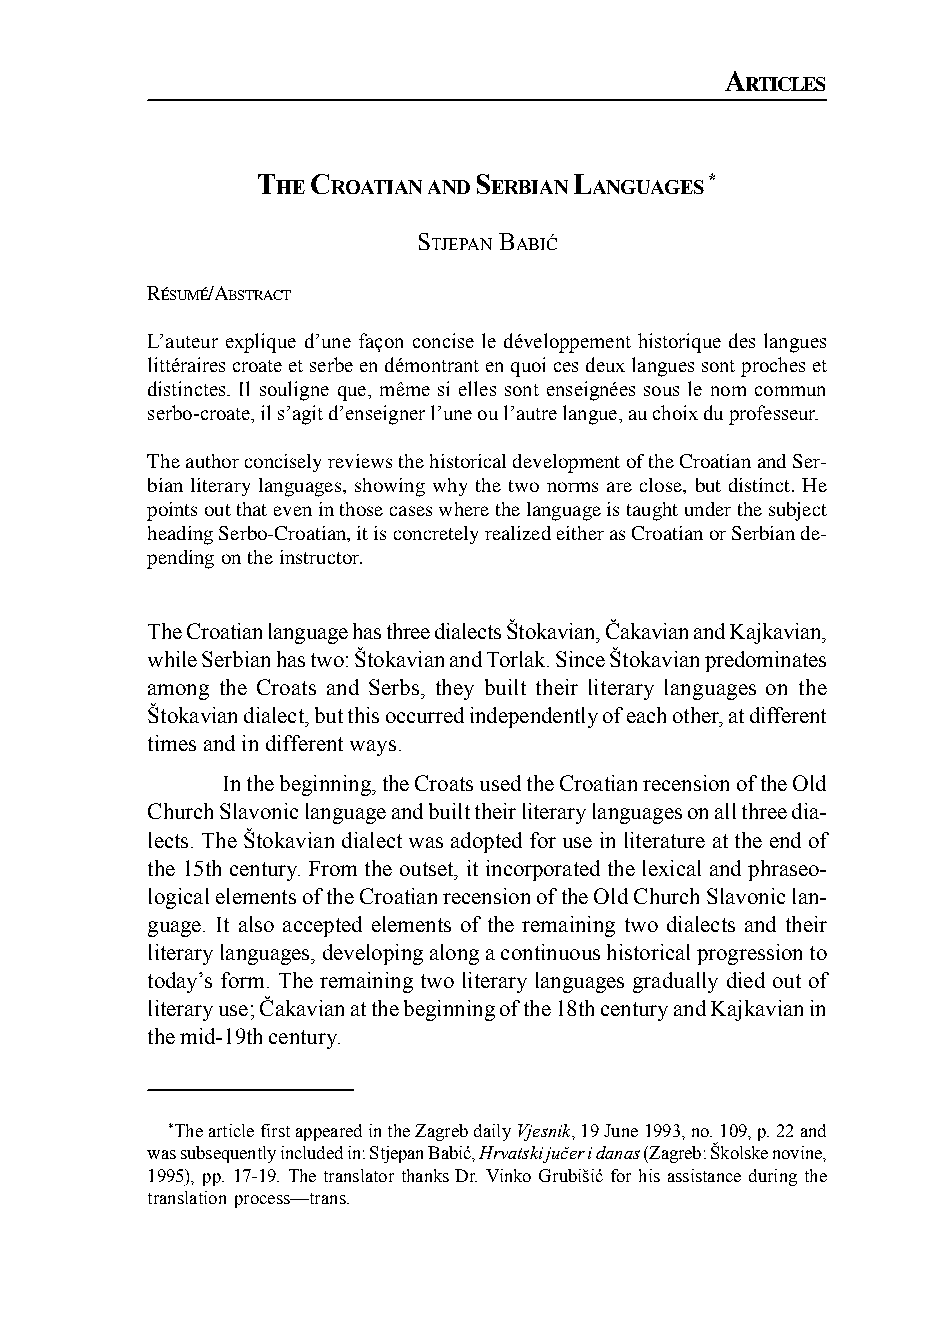
A
 RTICLES1
 T   C         S      L        *
 HE  ROATIANAND ERBIAN ANGUAGES
 STJEPAN BABIĆ
 RÉSUMÉ/ABSTRACT
 L’auteur explique d’une façon concise le développement historique des langues
 littéraires croate et serbe en démontrant en quoi ces deux langues sont proches et
 distinctes. Il souligne que, même si elles sont enseignées sous le nom commun
 serbo-croate, il s’agit d’enseigner l’une ou l’autre langue, au choix du professeur.
 The author concisely reviews the historical development of the Croatian and Ser-
 bian literary languages, showing why the two norms are close, but distinct. He
 points out that even in those cases where the language is taught under the subject
 heading Serbo-Croatian, it is concretely realized either as Croatian or Serbian de-
 pending on the instructor.
 The Croatian language has three dialects Štokavian, Čakavian and Kajkavian,
 while Serbian has two: Štokavian and Torlak. Since Štokavian predominates
 among the Croats and Serbs, they built their literary languages on the
 Štokavian dialect, but this occurred independently of each other, at different
 times and in different ways.
 In the beginning, the Croats used the Croatian recension of the Old
 Church Slavonic language and built their literary languages on all three dia-
 lects. The Štokavian dialect was adopted for use in literature at the end of
 the 15th century. From the outset, it incorporated the lexical and phraseo-
 logical elements of the Croatian recension of the Old Church Slavonic lan-
 guage. It also accepted elements of the remaining two dialects and their
 literary languages, developing along a continuous historical progression to
 today’s form. The remaining two literary languages gradually died out of
 literary use; Čakavian at the beginning of the 18th century and Kajkavian in
 the mid-19th century.
 *The article first appeared in the Zagreb daily Vjesnik, 19 June 1993, no. 109, p. 22 and
 was subsequently included in: Stjepan Babić, Hrvatski jučer i danas (Zagreb: Školske novine,
 1995), pp. 17-19. The translator thanks Dr. Vinko Grubišić for his assistance during the
 translation process—trans.